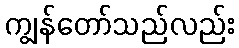
ကျွန်တော်သည်လည်း